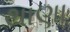
થાણા